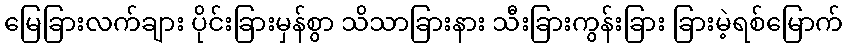
မြေခြားလက်ချား ပိုင်းခြားမှန်စွာ သိသာခြားနား သီးခြားကွန်းခြား ခြားမဲ့ရစ်မြောက်